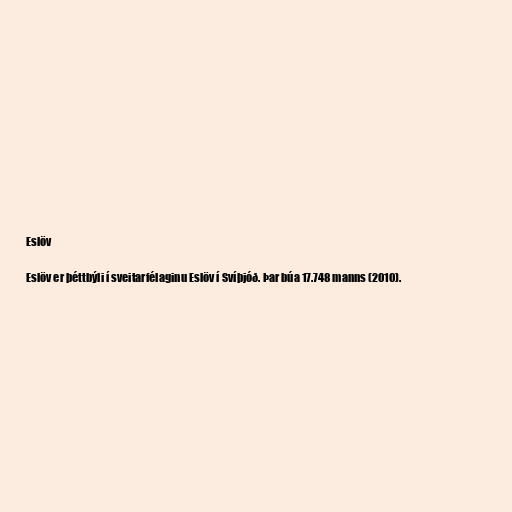
Eslöv

Eslöv er þéttbýli í sveitarfélaginu Eslöv í Svíþjóð. Þar búa 17.748 manns (2010).